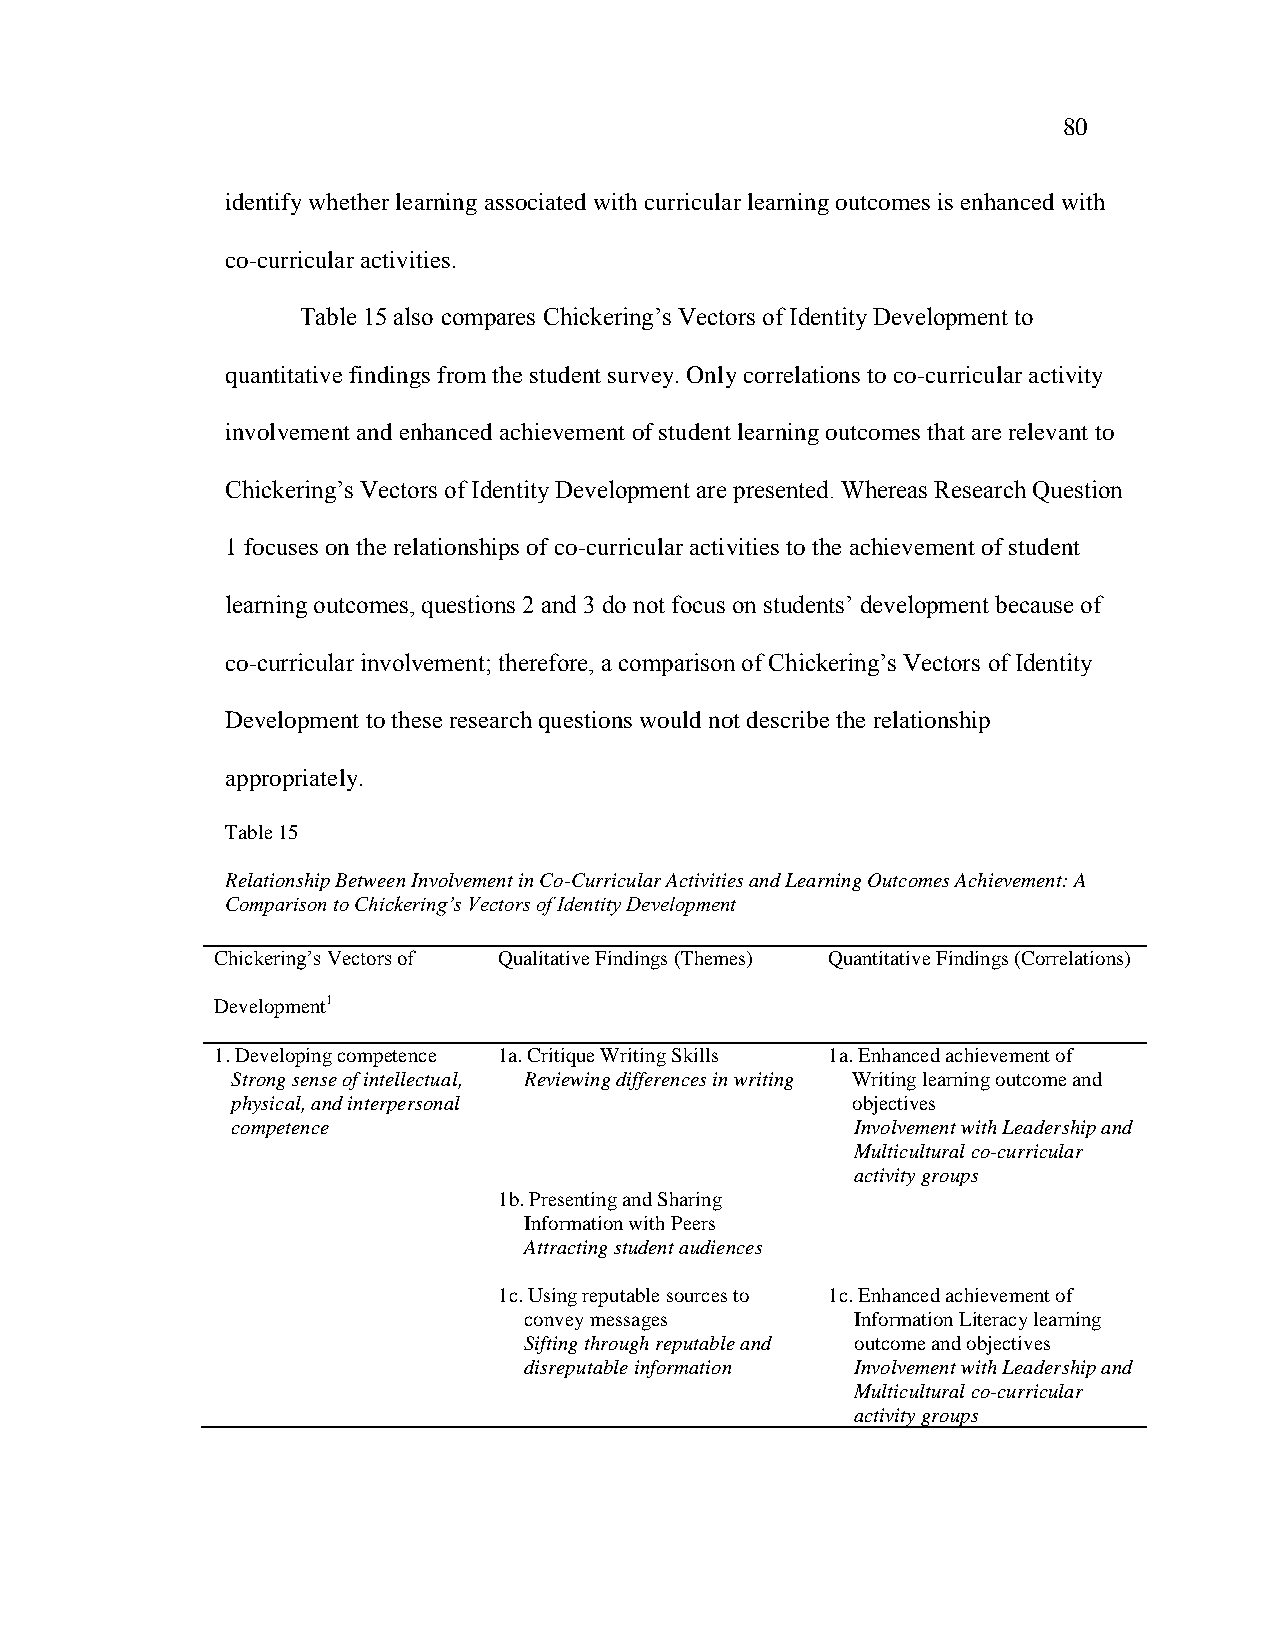
80
 identify whether learning associated with curricular learning outcomes is enhanced with
 co-curricular activities.
 Table 15 also compares Chickering‘s Vectors of Identity Development to
 quantitative findings from the student survey. Only correlations to co-curricular activity
 involvement and enhanced achievement of student learning outcomes that are relevant to
 Chickering‘s Vectors of Identity Development are presented. Whereas Research Question
 1 focuses on the relationships of co-curricular activities to the achievement of student
 learning outcomes, questions 2 and 3 do not focus on students‘ development because of
 co-curricular involvement; therefore, a comparison of Chickering‘s Vectors of Identity
 Development to these research questions would not describe the relationship
 appropriately.
 Table 15
 Relationship Between Involvement in Co-Curricular Activities and Learning Outcomes Achievement: A
 Comparison to Chickering’s Vectors of Identity Development
 Chickering‘s Vectors of Qualitative Findings (Themes) Quantitative Findings (Correlations)
 Development1
 1. Developing competence 1a. Critique Writing Skills 1a. Enhanced achievement of
 Strong sense of intellectual, Reviewing differences in writing Writing learning outcome and
 physical, and interpersonal              objectives
 competence                                Involvement with Leadership and
 Multicultural co-curricular
 activity groups
 1b. Presenting and Sharing
 Information with Peers
 Attracting student audiences
 1c. Using reputable sources to 1c. Enhanced achievement of
 convey messages       Information Literacy learning
 Sifting through reputable and outcome and objectives
 disreputable information Involvement with Leadership and
 Multicultural co-curricular
 activity groups